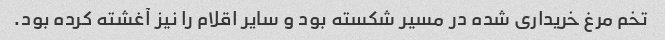
تخم مرغ خریداری شده در مسیر شکسته بود و سایر اقلام را نیز آغشته کرده بود.